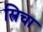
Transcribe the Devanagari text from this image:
स्त्रिचा